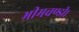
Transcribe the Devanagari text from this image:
भीमचण्डी।